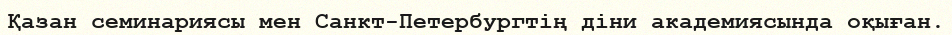
Қазан семинариясы мен Санкт-Петербургтің діни академиясында оқыған.